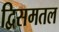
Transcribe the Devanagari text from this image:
द्विसमतल